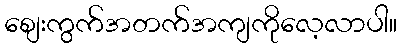
စျေးကွက်အတက်အကျကိုလေ့လာပါ။